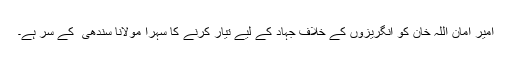
امیر امان اللہ خان کو انگریزوں کے خلاف جہاد کے لیے تیار کرنے کا سہرا مولانا سندھی ؒ کے سر ہے۔